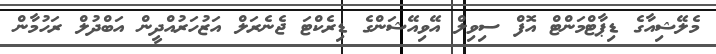
މެލޭޝިއާގެ ޑިޕާޓްމަންޓް އޮފް ސިވިލް އޭވިއޭޝަންގެ ޑިރެކްޓަ ޖެނެރަލް އަޒުހަރުއްދީން އަބްދުލް ރަހުމާން